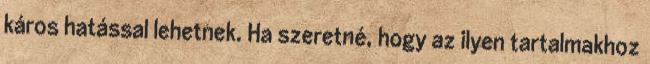
káros hatással lehetnek. Ha szeretné, hogy az ilyen tartalmakhoz